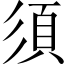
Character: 須